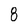
Character: 8